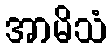
အာမိသံ